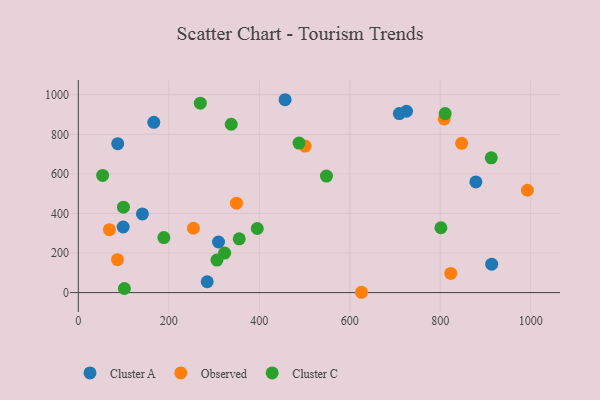
{"axis": {"x": "Price", "y": "Profit"}, "legend": ["Cluster A", "Cluster C", "Observed"], "data": [{"x": "709.5", "y": 905.0, "type": "Cluster A"}, {"x": "878.7", "y": 559.4, "type": "Cluster A"}, {"x": "725.4", "y": 916.6, "type": "Cluster A"}, {"x": "284.8", "y": 54.7, "type": "Cluster A"}, {"x": "99.1", "y": 331.6, "type": "Cluster A"}, {"x": "166.8", "y": 860.4, "type": "Cluster A"}, {"x": "309.8", "y": 255.6, "type": "Cluster A"}, {"x": "87.1", "y": 752.9, "type": "Cluster A"}, {"x": "141.6", "y": 397.8, "type": "Cluster A"}, {"x": "913.6", "y": 143.6, "type": "Cluster A"}, {"x": "457.0", "y": 974.8, "type": "Cluster A"}, {"x": "86.6", "y": 166.3, "type": "Observed"}, {"x": "808.7", "y": 877.9, "type": "Observed"}, {"x": "847.2", "y": 754.3, "type": "Observed"}, {"x": "625.9", "y": 1.6, "type": "Observed"}, {"x": "68.7", "y": 318.2, "type": "Observed"}, {"x": "349.6", "y": 451.8, "type": "Observed"}, {"x": "823.1", "y": 97.1, "type": "Observed"}, {"x": "254.4", "y": 325.3, "type": "Observed"}, {"x": "501.2", "y": 740.6, "type": "Observed"}, {"x": "992.5", "y": 517.3, "type": "Observed"}, {"x": "355.6", "y": 271.8, "type": "Cluster C"}, {"x": "53.7", "y": 592.0, "type": "Cluster C"}, {"x": "548.4", "y": 588.8, "type": "Cluster C"}, {"x": "395.5", "y": 323.9, "type": "Cluster C"}, {"x": "269.6", "y": 957.2, "type": "Cluster C"}, {"x": "323.4", "y": 199.6, "type": "Cluster C"}, {"x": "99.7", "y": 431.7, "type": "Cluster C"}, {"x": "810.8", "y": 904.6, "type": "Cluster C"}, {"x": "487.8", "y": 755.5, "type": "Cluster C"}, {"x": "101.8", "y": 20.7, "type": "Cluster C"}, {"x": "306.4", "y": 164.4, "type": "Cluster C"}, {"x": "801.4", "y": 327.7, "type": "Cluster C"}, {"x": "189.1", "y": 278.2, "type": "Cluster C"}, {"x": "337.9", "y": 850.9, "type": "Cluster C"}, {"x": "912.7", "y": 680.9, "type": "Cluster C"}]}